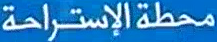
محطة الإستراحة